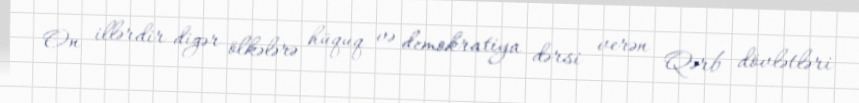
On illərdir digər ölkələrə hüquq və demokratiya dərsi verən Qərb dövlətləri